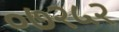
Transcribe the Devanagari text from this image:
०७२५२